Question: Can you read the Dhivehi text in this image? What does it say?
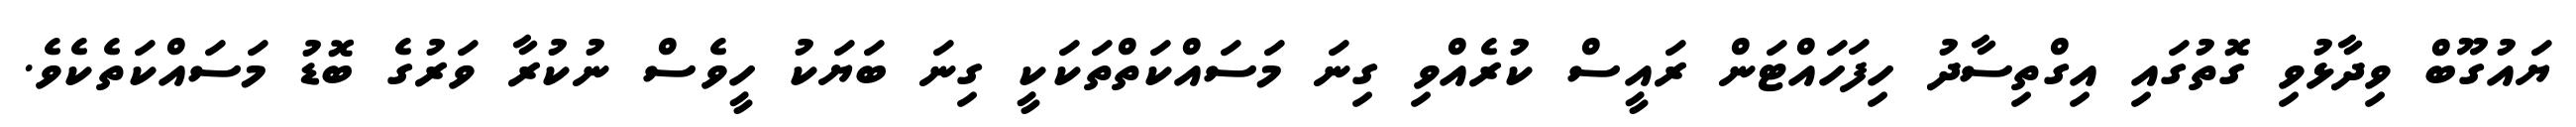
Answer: ޔައުގޫބް ވިދާޅުވި ގޮތުގައި އިގްތިސާދު ހިފަހައްޓަން ރައީސް ކުރެއްވި ގިނަ މަސައްކަތްތަކަކީ ގިނަ ބަޔަކު ހީވެސް ނުކުރާ ވަރުގެ ބޮޑު މަސައްކަތެކެވެ.